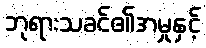
ဘုရားသခင်၏အမှုနှင့်